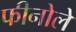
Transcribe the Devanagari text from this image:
फीनोलें